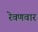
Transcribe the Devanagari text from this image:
रेवणवार